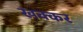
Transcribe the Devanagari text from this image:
खक्कर